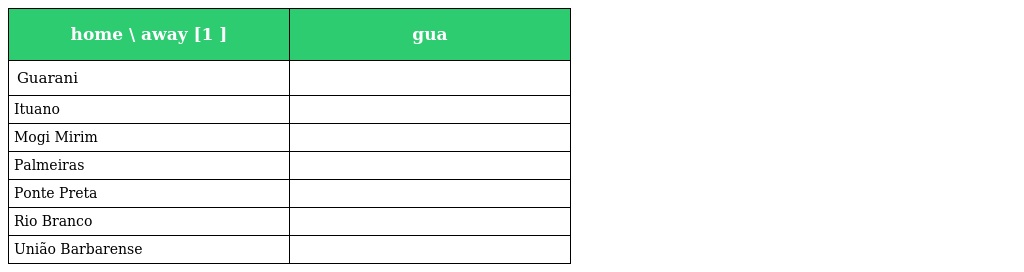
| home \ away [1 ] | gua |
 | --- | --- |
 | Guarani |  |
 | Ituano |  |
 | Mogi Mirim |  |
 | Palmeiras |  |
 | Ponte Preta |  |
 | Rio Branco |  |
 | União Barbarense |  |